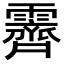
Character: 霽